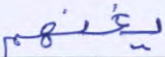
يغنهم